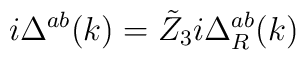
i\Delta ^{ab}(k)=\tilde Z_3i\Delta _R^{ab}(k)